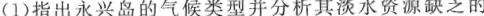
(1)指出永兴岛的气候类型并分析其淡水资源缺乏的